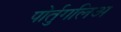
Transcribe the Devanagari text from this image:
पोर्तुगलिअ